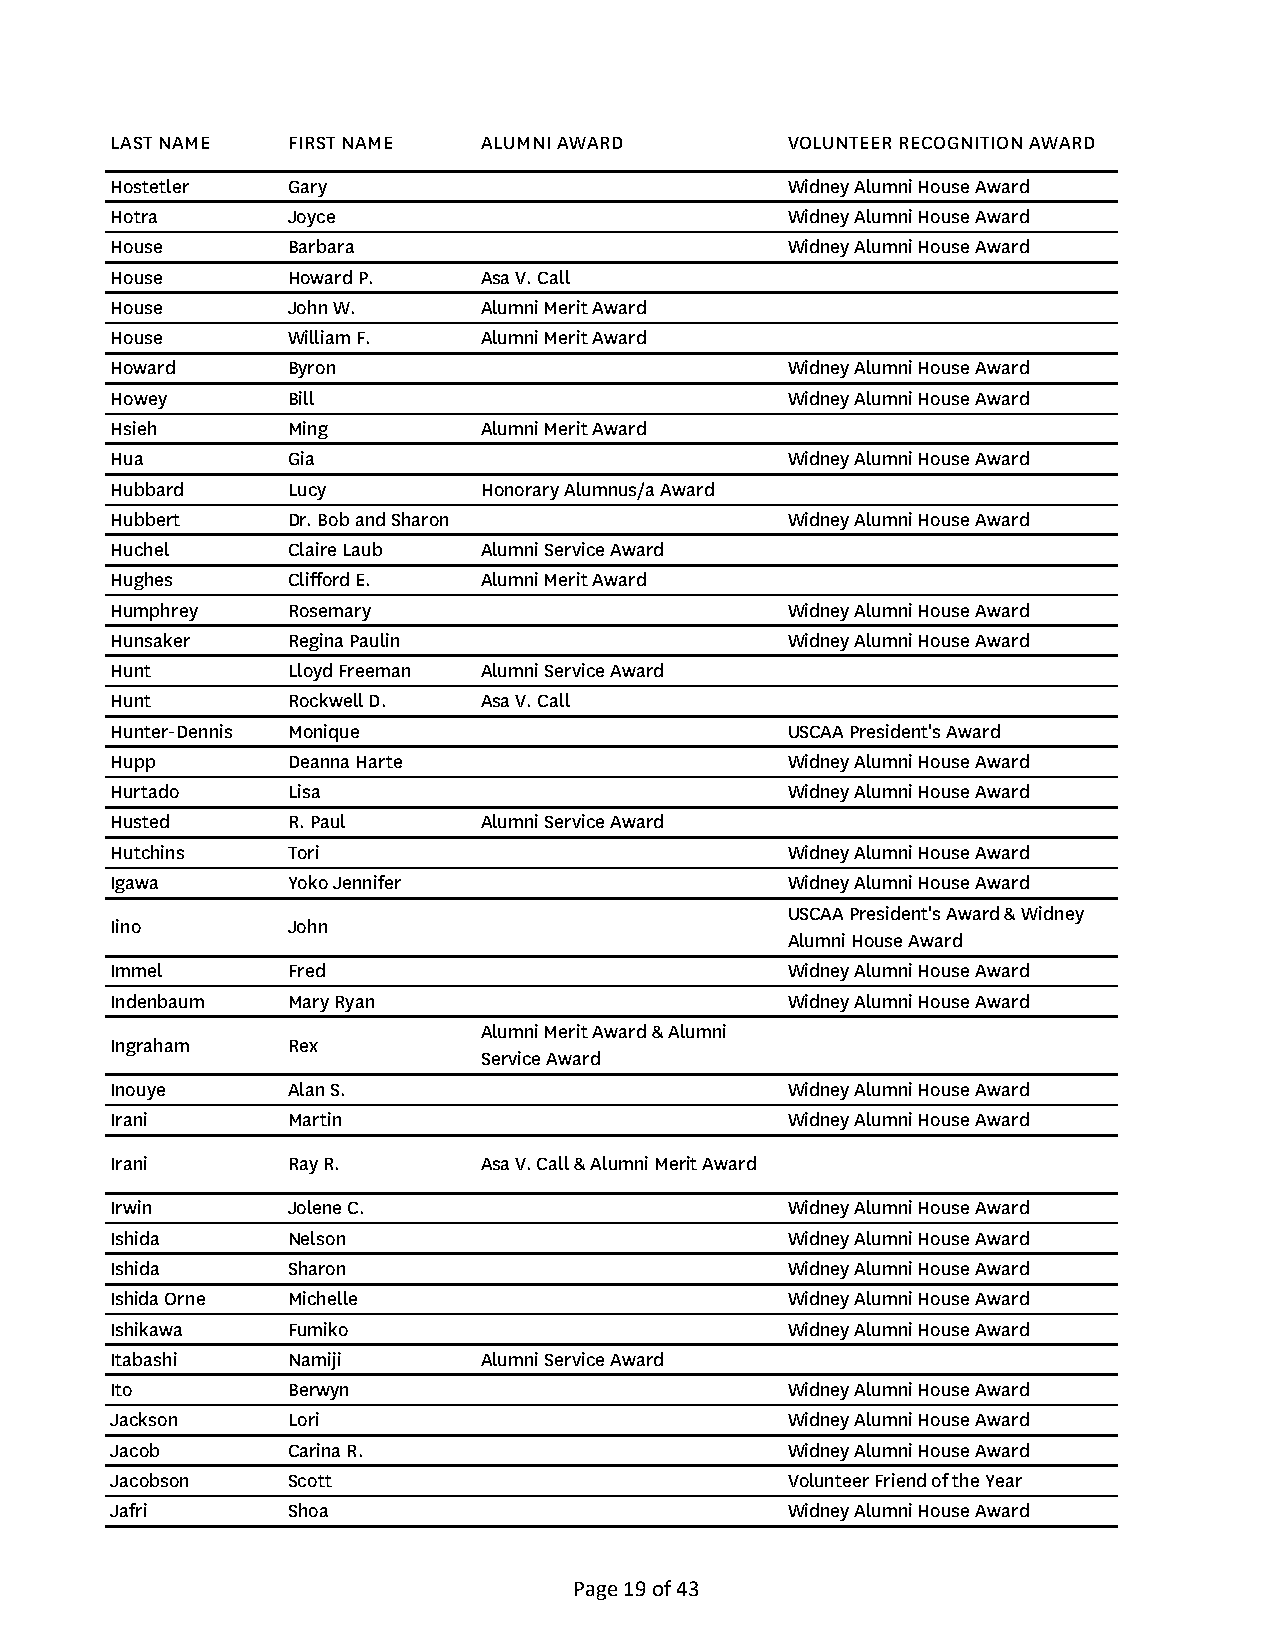
LAST NAME   FIRST NAME   ALUMNI AWARD        VOLUNTEER RECOGNITION AWARD
 Hostetler   Gary                             Widney Alumni House Award
 Hotra       Joyce                            Widney Alumni House Award
 House       Barbara                          Widney Alumni House Award
 House       Howard P.    Asa V. Call
 House       John W.      Alumni Merit Award
 House       William F.   Alumni Merit Award
 Howard      Byron                            Widney Alumni House Award
 Howey       Bill                             Widney Alumni House Award
 Hsieh       Ming         Alumni Merit Award
 Hua         Gia                              Widney Alumni House Award
 Hubbard     Lucy         Honorary Alumnus/a Award
 Hubbert     Dr. Bob and Sharon               Widney Alumni House Award
 Huchel      Claire Laub  Alumni Service Award
 Hughes      Clifford E.  Alumni Merit Award
 Humphrey    Rosemary                         Widney Alumni House Award
 Hunsaker    Regina Paulin                    Widney Alumni House Award
 Hunt        Lloyd Freeman Alumni Service Award
 Hunt        Rockwell D.  Asa V. Call
 Hunter-Dennis Monique                        USCAA President's Award
 Hupp        Deanna Harte                     Widney Alumni House Award
 Hurtado     Lisa                             Widney Alumni House Award
 Husted      R. Paul      Alumni Service Award
 Hutchins    Tori                             Widney Alumni House Award
 Igawa       Yoko Jennifer                    Widney Alumni House Award
 USCAA President's Award & Widney
 Iino        John
 Alumni House Award
 Immel       Fred                             Widney Alumni House Award
 Indenbaum   Mary Ryan                        Widney Alumni House Award
 Alumni Merit Award & Alumni
 Ingraham    Rex
 Service Award
 Inouye      Alan S.                          Widney Alumni House Award
 Irani       Martin                           Widney Alumni House Award
 Irani       Ray R.       Asa V. Call & Alumni Merit Award
 Irwin       Jolene C.                        Widney Alumni House Award
 Ishida      Nelson                           Widney Alumni House Award
 Ishida      Sharon                           Widney Alumni House Award
 Ishida Orne Michelle                         Widney Alumni House Award
 Ishikawa    Fumiko                           Widney Alumni House Award
 Itabashi    Namiji       Alumni Service Award
 Ito         Berwyn                           Widney Alumni House Award
 Jackson     Lori                             Widney Alumni House Award
 Jacob       Carina R.                        Widney Alumni House Award
 Jacobson    Scott                            Volunteer Friend of the Year
 Jafri       Shoa                             Widney Alumni House Award
 Page 19 of 43